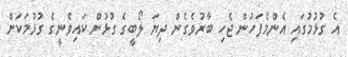
އެ ގުޅުމުގައި އެންމެފަހުން ޖެހި ބާރުވެގެން ދިޔަ ލޯބީގެ ގުޅުން ކައިވެނީގެ ގުޅުމަކަށް